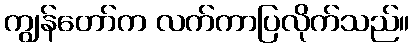
ကျွန်တော်က လက်ကာပြလိုက်သည်။